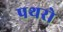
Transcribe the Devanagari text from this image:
पथरो